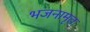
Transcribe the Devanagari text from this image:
भजनामृत